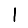
Digit: 1